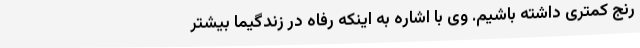
رنج کمتری داشته باشیم. وی با اشاره به اینکه رفاه در زندگیما بیشتر